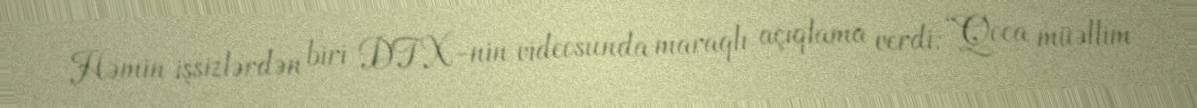
Həmin işsizlərdən biri DTX-nin videosunda maraqlı açıqlama verdi: “Qoca müəllim